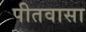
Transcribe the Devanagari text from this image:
पीतवासा